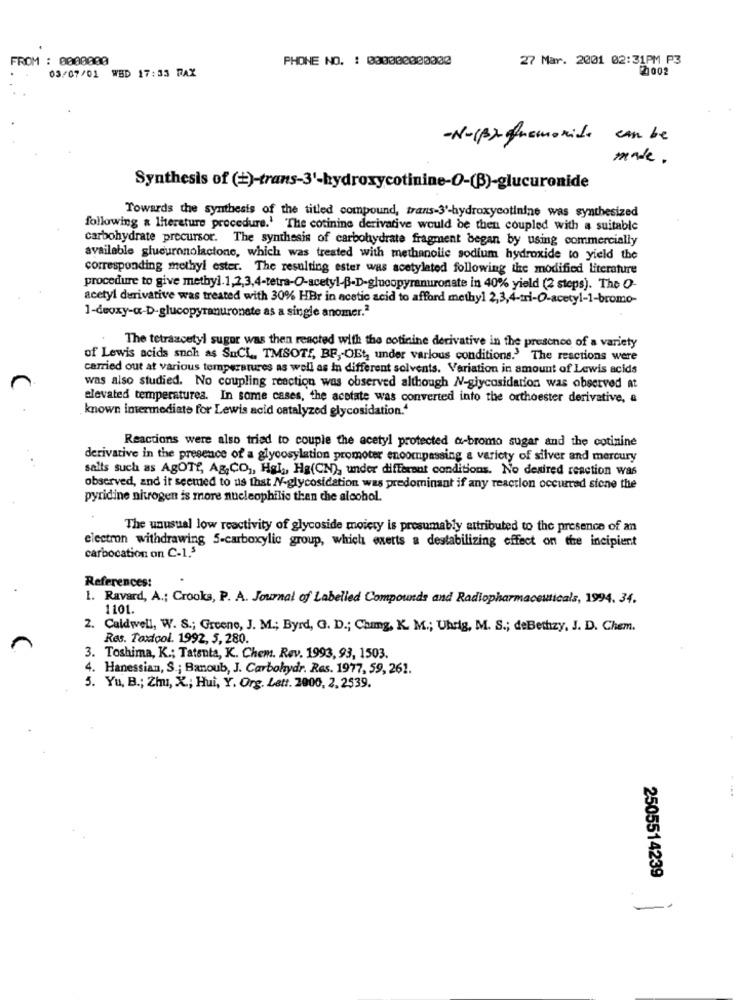
FROM : 0000000
PHONE NO. : 080000000000
27 Mar. 2001 02:31PM P3
03/07/01 WBD 17:33 FAX
2002
-N-(B)- ofnamorado can be
made.
Synthesis of (+)-trans-3'-hydroxycotinine-O-(B)-glucuronide
Towards the synthesis of the titled compound, trans-3'-hydroxycotinine was synthesized
following a literature procedure.' The cotinine derivative would be then coupled with a suitable
carbohydrate precursor. The synthesis of carbohydrate fragment began by using commercially
available glucuronolactone, which was treated with methanolle sodium hydroxide to yield the
corresponding methyl ester. The resulting ester was acetylated following the modified literature
procedure to give methyl.1,2,3,4-tetra-O-acetyl-B-D-glucopyranuronate in 40% yield (2 steps). The O-
acetyl derivative was treated with 30% HBr in acetic acid to afford methyl 2,3,4-tri-O-acetyl-1-bromo-
1-deoxy-a-D-glucopyranuronate as a single anomer.2
The tetraacetyl sugor was then reacted with the cotinine derivative in the presence of a variety
of Lewis acids such as SuCL, TMSOTE, BF ,- OEt, under various conditions.> The reactions were
carried out at various temperatures as well as In different solvents. Variation in amount of Lewis acids
was also studied. No coupling reaction was observed although N-glycosidation was observed at
elevated temperaturea. In some cases, the acetate was converted into the orthoester derivative, a
known intermediate for Lewis acid catalyzed glycosidation."
Reactions were also tried to couple the acetyl protected a-bromo sugar and the cotinine
derivative in the presence of a glycosylation promoter encompassing a variety of silver and mercury
salts such as AgOTE, Ag, CO ,, Hal ,, Ha(CN), under different conditions. No desired reaction was
observed, and it seemed to us that N-glycosidation was predominant if any reaction occurred stone the
pyridine nitrogen is more nucleophilic than che alcohol.
The unusual low reactivity of glycoside moicry is presumably attributed to the presence of an
carbocation on C-1,5
electron withdrawing 5-carboxylic group, which exerts a destabilizing effect on the incipient
References:
1. Ravard, A .; Crooks, P. A. Journal of Labelled Compounds and Radiopharmaceuticals, 1994. 34.
1101.
2. Caldwell, W. S .; Greene, J. M .; Byrd, G. D .; Chimg, K. M .; Uhrig, M. S .; deBethzy, J. D. Chem.
Res. Taxtool. 1992, 5, 280.
3. Toshima, K .; Tatanta, K. Chem. Rev. 1993, 93, 1503.
4. Hanessian, S .; Banoub, J. Carbohydr. Res. 1977, 59, 261.
5. Yu, B .; Zhu, X .; Hui, Y. Org. Lett. 2000, 2. 2539.
2505514239
-